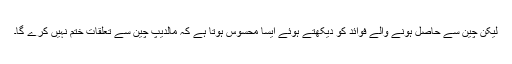
لیکن چین سے حاصل ہونے والے فوائد کو دیکھتے ہوئے ایسا محسوس ہوتا ہے کہ مالدیپ چین سے تعلقات ختم نہیں کرے گا۔